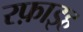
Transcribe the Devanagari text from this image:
रफ़ाइह